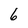
Character: 6